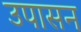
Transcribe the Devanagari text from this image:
उपासन